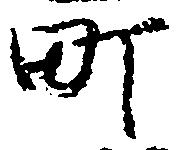
町